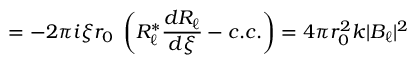
= - 2 \pi i \xi r _ { 0 } \; \left( R _ { \ell } ^ { \ast } { \frac { d R _ { \ell } } { d \xi } } - c . c . \right) = 4 \pi r _ { 0 } ^ { 2 } k | B _ { \ell } | ^ { 2 }